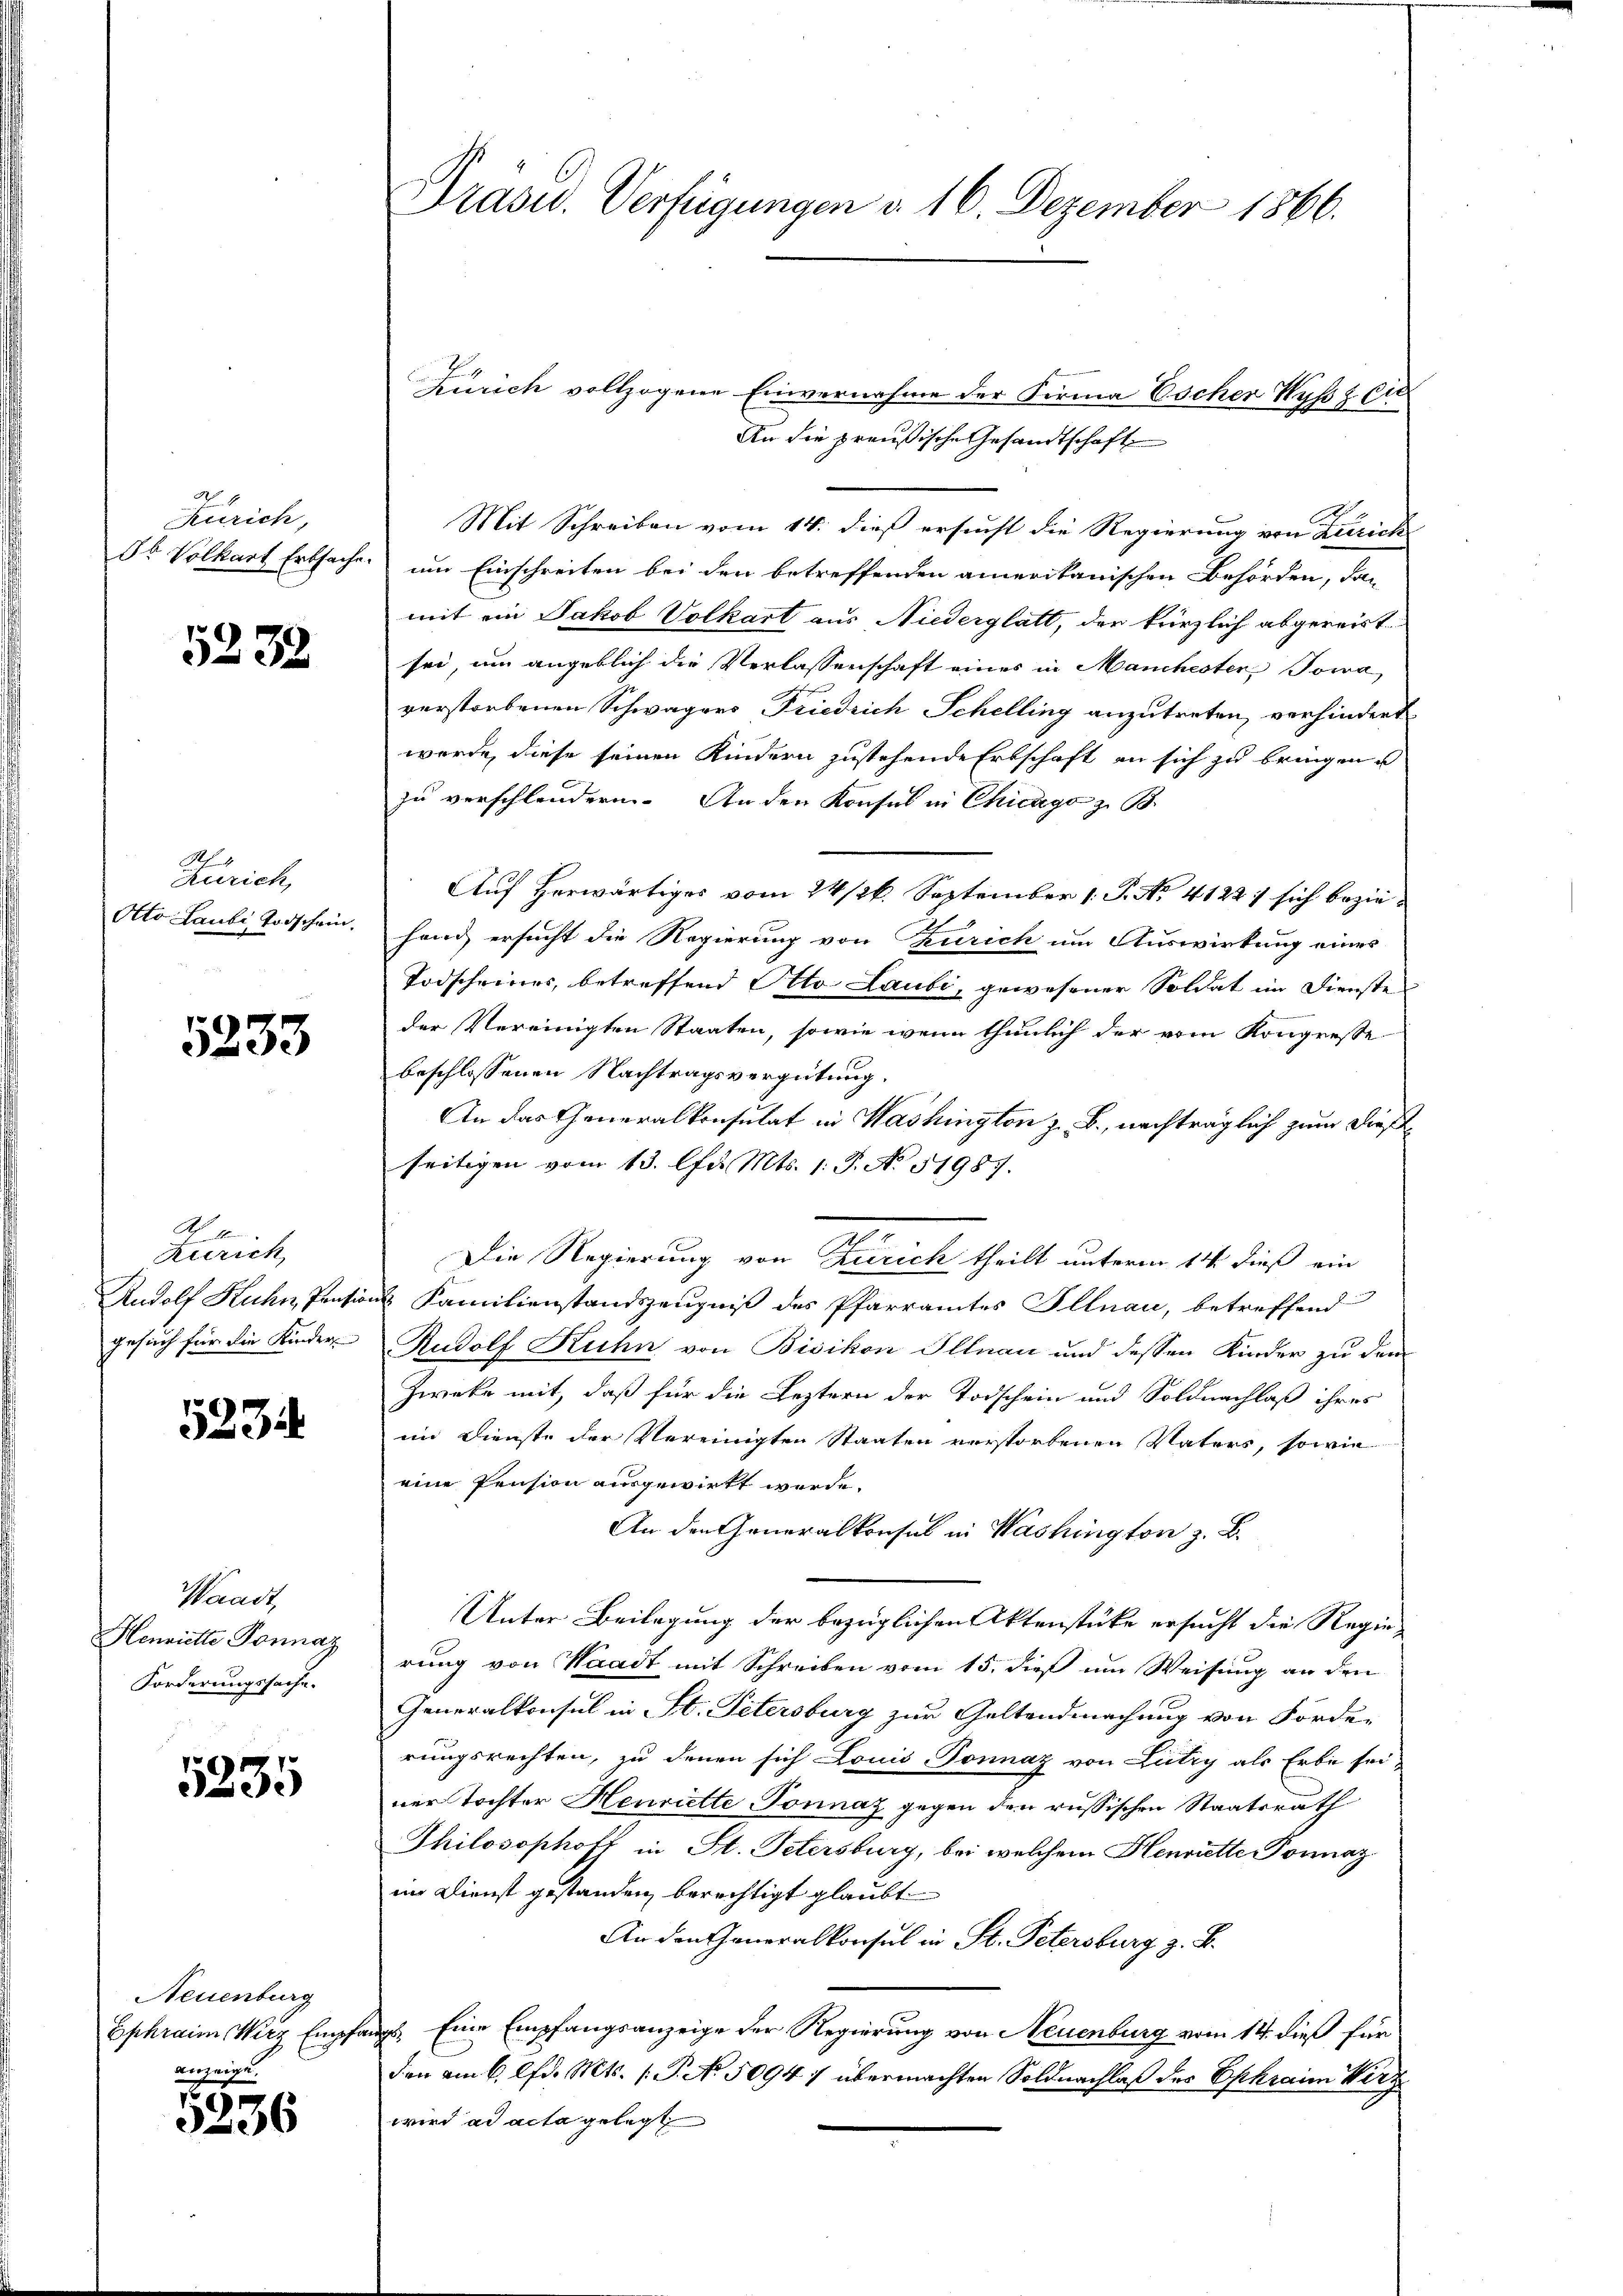
Zürich,
Jb. Volkart Erbsache.

5238

A
Rurich,
Otto Laube Todschein.

5233

Kl
Zürich
Rudolf Kuhn, Pensi
gesuch für die Kinder

52314

Waadt,
Henriette Ponnaz
Forderungssache.

5335

Neuenburg
Ephraim Wirz Empfa
anzeige.

5236

Präsid. Verfügungen d. 16. Dezember 1866.

Zürich vollzogene Einvernahme der Firma Escher Wyß & Cie
An die preußische Gesandtschaft
Mit Schreiben vom 14. dieß ersucht die Regierung von Zürich
um Einschreiten bei den betreffenden amerikanischen Behörden, das
mit ein Jakob Volkart aus Niederglatt, der kürzlich abgereist
sei, um angeblich die Verlassenschaft eines in Manchesten Towa
verstorbenen Schwagers Friedrich Schelling anzutreten, verhindert
werde, diese seinen Kindern zustehende Erbschaft an sich zu bringen u
zu verschleudern. An den Konsul in Chicago z. B.
Auf herwärtiges vom 24 /26. September 1. P. Nr. 4122. sich beziehang ersucht die Regierung von Zürich im Auswirkung eines
Todscheines, betreffend Otto Laubi, gewesener Soldat im Dienste
der Vereinigten Staaten, sowie wenn thunlich der vom Kongresse
beschlossenen Nachtragsvergütung.
An das Generalkonsulat in Washington z. B., nachträglich zum Dies
seitigen vom 13. lfd. Mts. 1. P. No. 51987.
Die Regierung von Zürich theilt unterm 11 dieß ein
2 Familienstandszeugniß des Pfarramtes Illnau, betreffend
Rudolf Kuhn von Bisikon Illnau und dessen Kinder zu dem
Zwecke mit, daß für die Leztern der Todschein und Soldnachlaß ihres
in Dienste der Vereinigten Staaten verstorbenen Vaters, sowie
eine Pension ausgewirkt werde.
An den Generalkonsul in Washington z. B.
Unter Beilegung der bezüglichen Aktenstücke ersucht die Regierung von Waadt mit Schreiben vom 15. dieß um Weisung an den
Generalkonsul in St. Petersburg zur Geltendmachung von Forde-
rungsrechten, zu denen sich Louis Ponnaz von Lutry als Erbe sei-
ner Tochter Henriette Tonnaz gegen den russischen Staatsrath
Philosophoff in St. Petersburg, bei welchem Henriette Ponnaz
im Dienst gestanden berechtigt glaubt
An den Generalkonsul in St. Petersburg z. B.
5. Eine Empfangsanzeige der Regierung von Neuenburg vom 14. dieß für
den am 6. lfd. Mts. 1. P. No. 50947 übermachten Soldnachlaß der Ephraim Wirz
wird ad acta gelegt